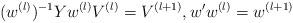
LaTeX: \begin{align*}(w^{(l)})^{-1}Yw^{(l)}V^{(l)}=V^{(l+1)},w'w^{(l)}=w^{(l+1)}\end{align*}